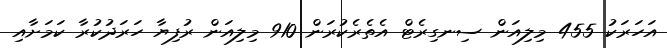
އަހަރަކު 455 މިލިއަން ސިނގިރެޓް އެތެރެކުރަން 910 މިލިއަން ރުފިޔާ ހަރަދުކުރާ ކަމަށާއި